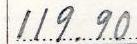
119.90